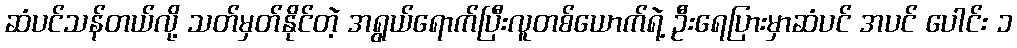
ဆံပင်သန်တယ်လို့ သတ်မှတ်နိုင်တဲ့ အရွယ်ရောက်ပြီးလူတစ်ယောက်ရဲ့ ဦးရေပြားမှာဆံပင် အပင် ပေါင်း ၁